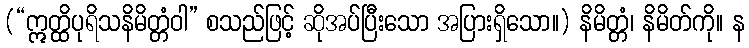
(“ဣတ္ထိပုရိသနိမိတ္တံဝါ” စသည်ဖြင့် ဆိုအပ်ပြီးသော အပြားရှိသော။) နိမိတ္တံ၊ နိမိတ်ကို။ န